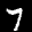
Label: 7